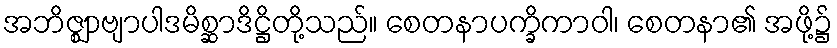
အဘိဇ္ဈာဗျာပါဒမိစ္ဆာဒိဋ္ဌိတို့သည်။ စေတနာပက္ခိကာဝါ၊ စေတနာ၏ အဖို့၌